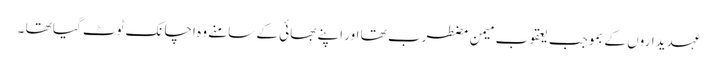
عہدیداروں کے بموجب یعقوب میمن مضطرب تھا اور اپنے بھائی کے سامنے وہ اچانک ٹوٹ گیا تھا ۔